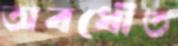
অবধৌত